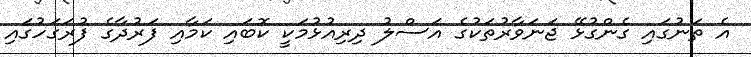
އެ ތަނުގައި ގެންގުޅޭ ޖަނަވާރުތަކުގެ އަސްލު ދިރިއުޅުމަކީ ކޮބައި ކަމާއި ފަރުދާގެ ފުރަގަހުގައި